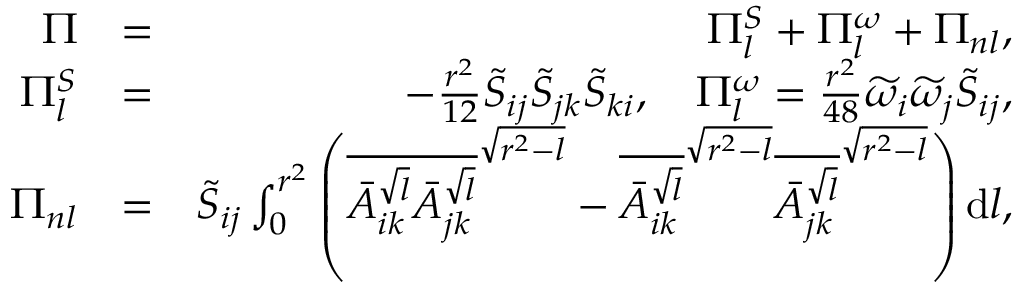
\begin{array} { r l r } { \Pi } & { = } & { \Pi _ { l } ^ { S } + \Pi _ { l } ^ { \omega } + \Pi _ { n l } , } \\ { \Pi _ { l } ^ { S } } & { = } & { - \frac { r ^ { 2 } } { 1 2 } \widetilde { S } _ { i j } \widetilde { S } _ { j k } \widetilde { S } _ { k i } , \quad \Pi _ { l } ^ { \omega } = \frac { r ^ { 2 } } { 4 8 } \widetilde { \omega } _ { i } \widetilde { \omega } _ { j } \widetilde { S } _ { i j } , } \\ { \Pi _ { n l } } & { = } & { \widetilde { S } _ { i j } \int _ { 0 } ^ { r ^ { 2 } } \left( \overline { { \bar { A } _ { i k } ^ { \sqrt { l } } \bar { A } _ { j k } ^ { \sqrt { l } } } } ^ { \sqrt { r ^ { 2 } - l } } - \overline { { \bar { A } _ { i k } ^ { \sqrt { l } } } } ^ { \sqrt { r ^ { 2 } - l } } \overline { { \bar { A } _ { j k } ^ { \sqrt { l } } } } ^ { \sqrt { r ^ { 2 } - l } } \right) \mathrm { d } l , } \end{array}